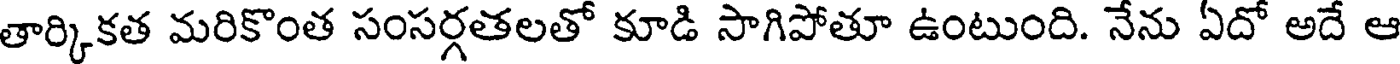
తార్కికత మరికొంత సంసర్గతలతో కూడి సాగిపోతూ ఉంటుంది. నేను ఏదో అదే ఆ